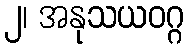
၂၊ အနုသယဝဂ္ဂ